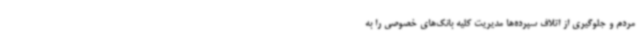
مردم و جلوگیری از اتلاف سپرده‌ها مدیریت کلیه بانک‌های خصوصی را به